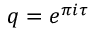
q = e ^ { \pi i \tau }